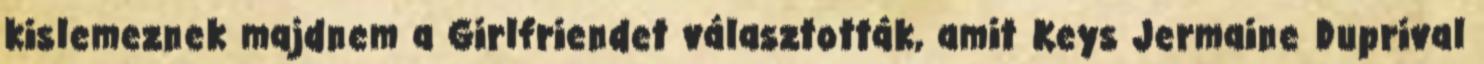
kislemeznek majdnem a Girlfriendet választották, amit Keys Jermaine Duprival